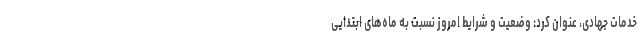
خدمات جهادی، عنوان کرد: وضعیت و شرایط امروز نسبت به ماه‌های ابتدایی